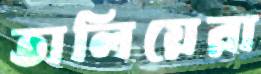
তালিয়েরা